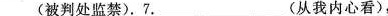
___(被判处监禁).7. ___(从我内心看),